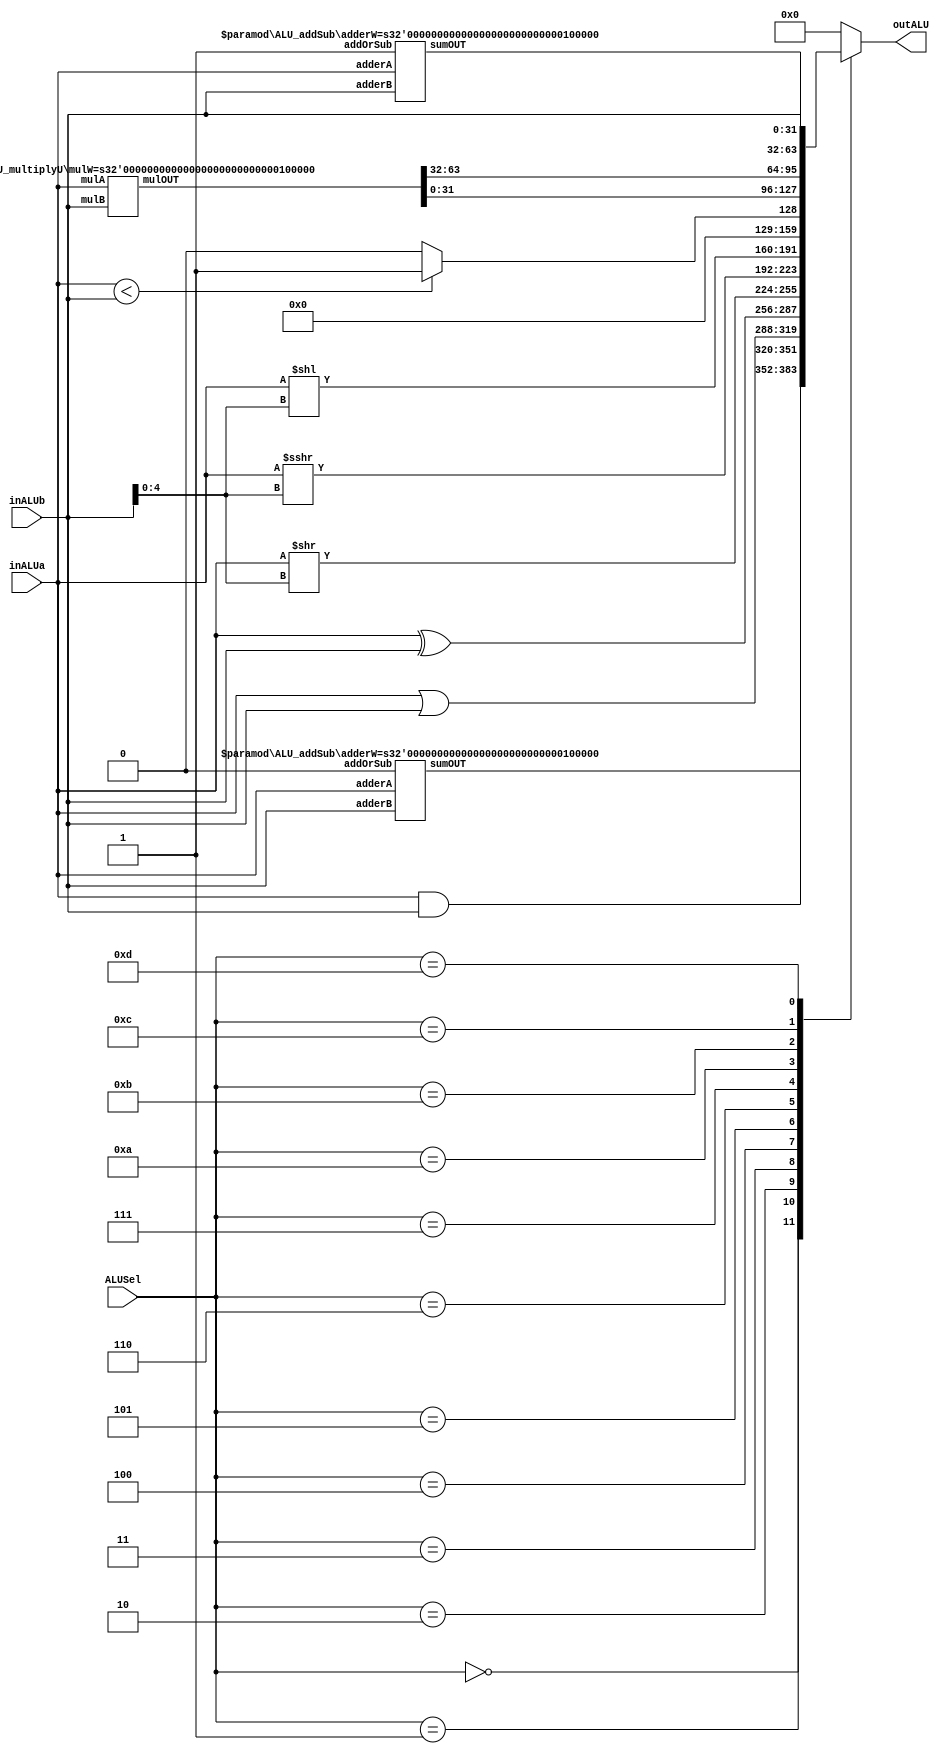
module mainALU #(parameter ALUw = 32) (
    output [(ALUw-1):0] outALU, //result
    input  [(ALUw-1):0] inALUa, inALUb, //operands
    input  [3:0] ALUSel //tells what operation to perform
);
    // temporary holders / nets
    reg  [(ALUw-1):0] finalALU;
    wire [(ALUw-1):0] opADD, opSUB, opMULh, opMULt;
    
    // computation operations
    ALU_addSub #(ALUw) calcSum(opADD, inALUa, inALUb, 1'b0);
    ALU_multiplyU #(ALUw) calcMul({opMULh, opMULt}, inALUa, inALUb);
    ALU_addSub #(ALUw) calcSub(opSUB, inALUa, inALUb, 1'b1);

    // a MUXer
    always@(*) begin
        case(ALUSel)
            4'b0000: /* 00 = ADD  */ finalALU = opADD;
            4'b0001: /* 01 = AND  */ finalALU = inALUa & inALUb;
            4'b0010: /* 02 = OR   */ finalALU = inALUa | inALUb;
            4'b0011: /* 03 = XOR  */ finalALU = inALUa ^ inALUb;
            4'b0100: /* 04 = SRL  */ finalALU = (inALUa >> inALUb[4:0]); 
            4'b0101: /* 05 = SRA  */ finalALU = ($signed(inALUa) >>> inALUb[4:0]);
            4'b0110: /* 06 = SLL  */ finalALU = (inALUa << inALUb[4:0]);
            4'b0111: /* 07 = SLT  */ finalALU = ({31'b0, ((inALUa < inALUb) ? 1'b1: 1'b0)});
            //4'b1000: /* 08 = DIV  */ // = A / B
            //4'b1001: /* 09 = MOD  */ // = A % B
            4'b1010: /* 10 = MULt */ finalALU = opMULt; // lower bits
            4'b1011: /* 11 = MULh */ finalALU = opMULh; // higher bits
            4'b1100: /* 12 = SUB  */ finalALU = opSUB;
            4'b1101: /* 13 = BSel */ finalALU = inALUb;
            //4'b1110: /* 14 = ADD  */
            //4'b1111: /* 15 = ADD  */
            default: /* XX = ADD  */ finalALU = 32'b0;
        endcase
    end

    // sending out the output
    assign outALU = finalALU;
endmodule

// for addition and subtraction
module ALU_addSub #(parameter adderW = 32)(
    output [(adderW-1):0]sumOUT,
    input  [(adderW-1):0]adderA, adderB,
    input  addOrSub
);
    reg [(adderW-1):0]addSubRes;
    always@(*) begin
        if (addOrSub == 1'b0) begin
            addSubRes = adderA + adderB;
        end else begin
            addSubRes = adderA - adderB;
        end 
    end
        assign sumOUT = addSubRes;
endmodule

// for multiplication (unsigned)
module ALU_multiplyU #(parameter mulW = 32) (
    output reg [((2*mulW)-1):0] mulOUT,
    input  [(mulW-1):0] mulA, mulB
);
    always@(*) begin
        mulOUT = mulA * mulB;
    end
endmodule